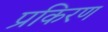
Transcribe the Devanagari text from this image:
प्रकिरण